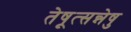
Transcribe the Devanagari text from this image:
तेषूत्सन्नेषु